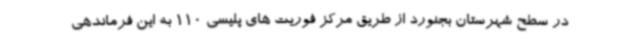
در سطح شهرستان بجنورد از طریق مرکز فوریت های پلیسی 110 به این فرماندهی